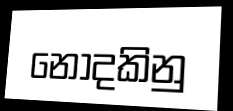
නොදකිනු